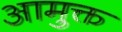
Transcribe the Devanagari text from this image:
आमुक्त